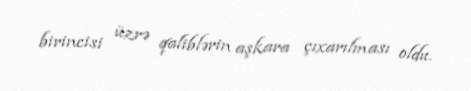
birincisi üzrə qaliblərin aşkara çıxarılması oldu.